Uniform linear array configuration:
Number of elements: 16
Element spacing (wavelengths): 1
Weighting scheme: exponential
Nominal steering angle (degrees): -15
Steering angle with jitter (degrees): -13.576
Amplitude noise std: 0.05
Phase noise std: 0.05

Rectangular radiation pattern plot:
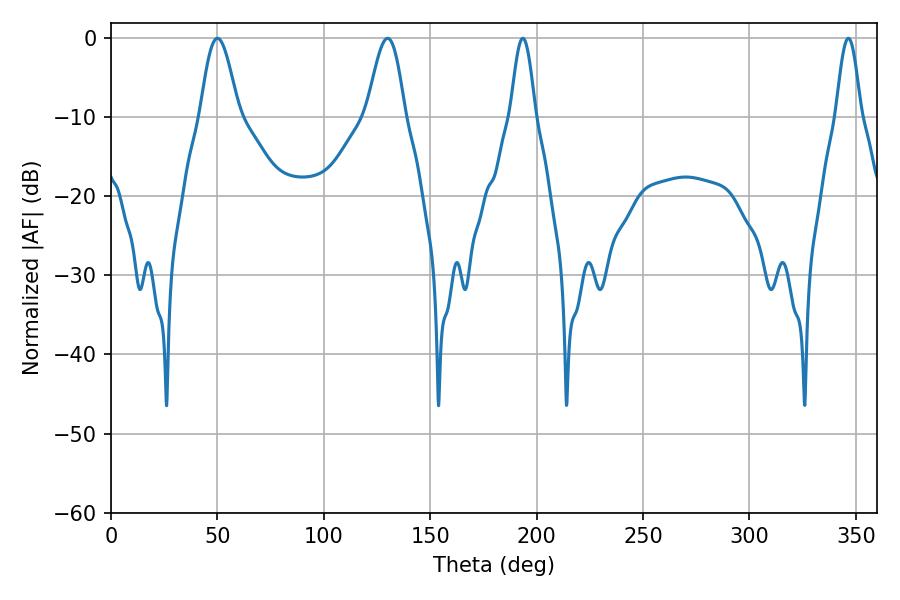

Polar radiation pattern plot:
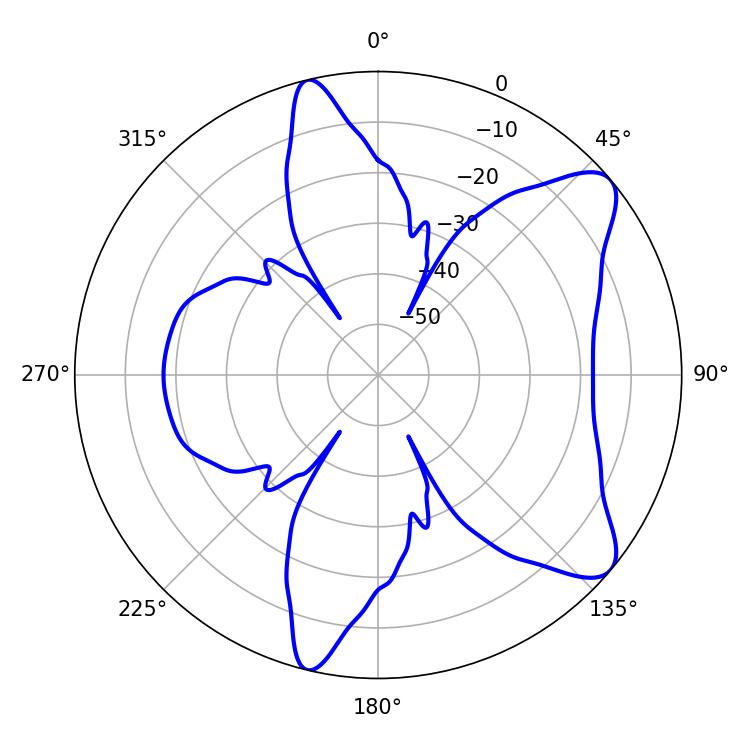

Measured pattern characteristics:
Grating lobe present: TRUE
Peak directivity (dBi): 8.972
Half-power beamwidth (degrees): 9.54
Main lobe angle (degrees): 50.04